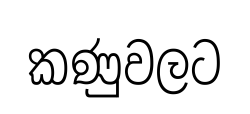
කණුවලට